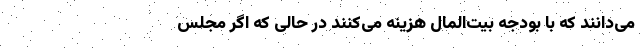
می‌دانند که با بودجه بیت‌المال هزینه می‌کنند در حالی که اگر مجلس